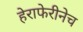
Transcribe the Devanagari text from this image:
हेराफेरीनेच